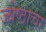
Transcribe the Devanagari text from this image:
ज्येष्ठाचा